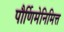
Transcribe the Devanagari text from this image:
पौर्णिमेनिमित्त